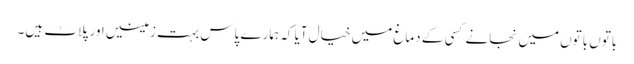
باتوں باتوں میں نجانے کسی کے دماغ میں خیال آیا کہ ہمارے پاس بہت زمینیں اور پلاٹ ہیں۔